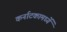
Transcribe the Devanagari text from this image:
कर्नाटकामध्यें